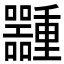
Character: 𱕶